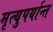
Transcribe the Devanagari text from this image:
मृत्युपर्यान्त